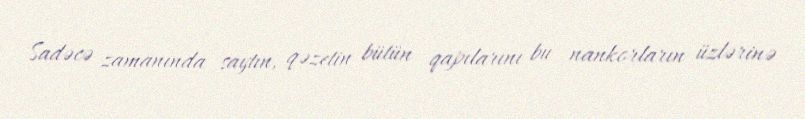
Sadəcə zamanında saytın, qəzetin bütün qapılarını bu nankorların üzlərinə